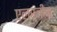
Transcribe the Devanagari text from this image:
एलर्जीक